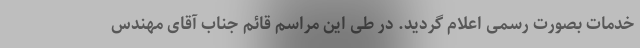
خدمات بصورت رسمی اعلام گردید. در طی این مراسم قائم جناب آقای مهندس